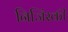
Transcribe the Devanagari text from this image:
निजिंस्की